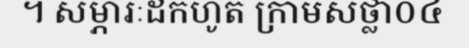
។ សម្ភារៈដកហូត ក្រាមសថ្លា០៤